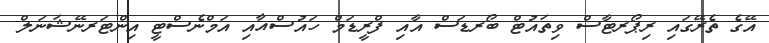
އޭގެ ތެރޭގައި ރިޕޯރޓާސް ވިތައުޓް ބޯރޑަސް އާއި ފްރީޑަމް ހައުސްއާއި އަމްނެސްޓީ އިންޓަރނޭޝަނަލް